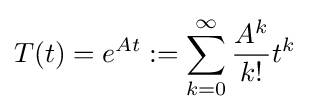
T(t)=e^{At}:=\sum _{k=0}^{\infty }{\frac {A^{k}}{k!}}t^{k}